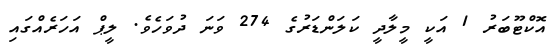
އޮކްޓޫބަރު 1 އަކީ މީލާދީ ކަލަންޑަރުގެ 274 ވަނަ ދުވަހެވެ. ލީޕް އަހަރެއްގައި